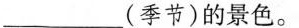
____(季节)的景色。